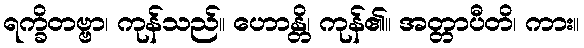
ရက္ခိတဗ္ဗာ၊ ကုန်သည်။ ဟောန္တိ၊ ကုန်၏။ အတ္တာပီတိ၊ ကား။